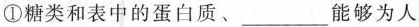
①糖类和表中的蛋白质、___能够为人